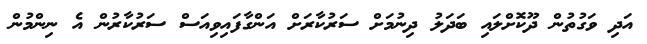
އަދި ވަގުތުން ދޫކޮށްލައި ބަދަލު ދިނުމަށް ސަރުކާރަށް އަންގާފައިވިއަސް ސަރުކާރުން އެ ނިންމުން